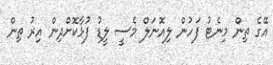
އޭގެ ތިން މިނެޓު ފަހުން ލިއޮނަލް މެސީ ލީޑު ފުޅާކޮށްދިން އިރު ތިން